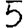
Digit: 5